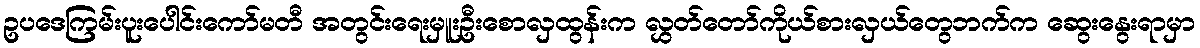
ဥပဒေကြမ်းပူးပေါင်းကော်မတီ အတွင်းရေးမှူးဦးစောလှထွန်းက လွှတ်တော်ကိုယ်စားလှယ်တွေဘက်က ဆွေးနွေးရာမှာ